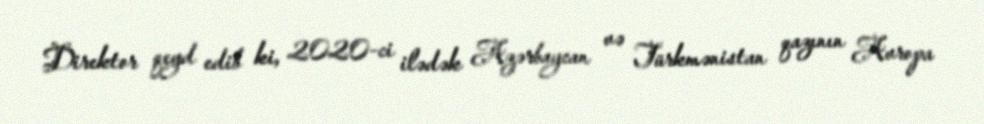
Direktor qeyd edib ki, 2020-ci ilədək Azərbaycan və Türkmənistan qazının Avropa